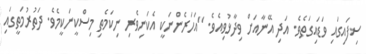
ސިފައިގައި ވަޑައިގަތެވެ. އަދި އޭނާއަށް ވިދާޅުވިއެވެ. "އަހަރެންނަކީ އެކަނިވެރި ނިކަމެތި މިސްކީނަކީމެވެ. ދަތުރުމަތީގައި